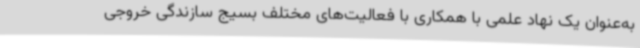
به‌عنوان یک نهاد علمی با همکاری با فعالیت‌های مختلف بسیج سازندگی خروجی